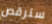
سنرقص